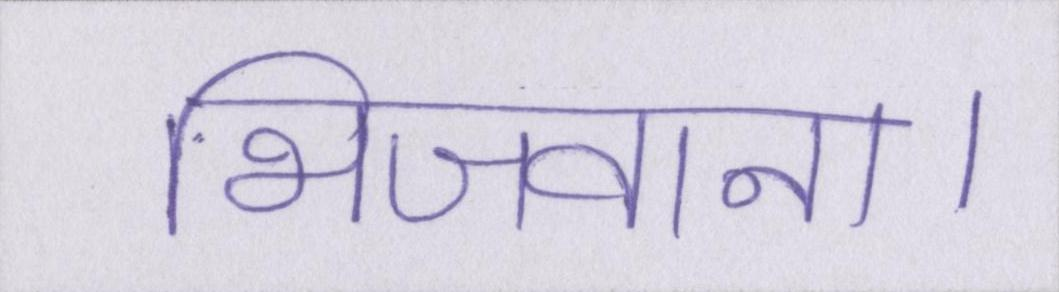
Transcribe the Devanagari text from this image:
भिजवाना।